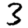
Digit: 3